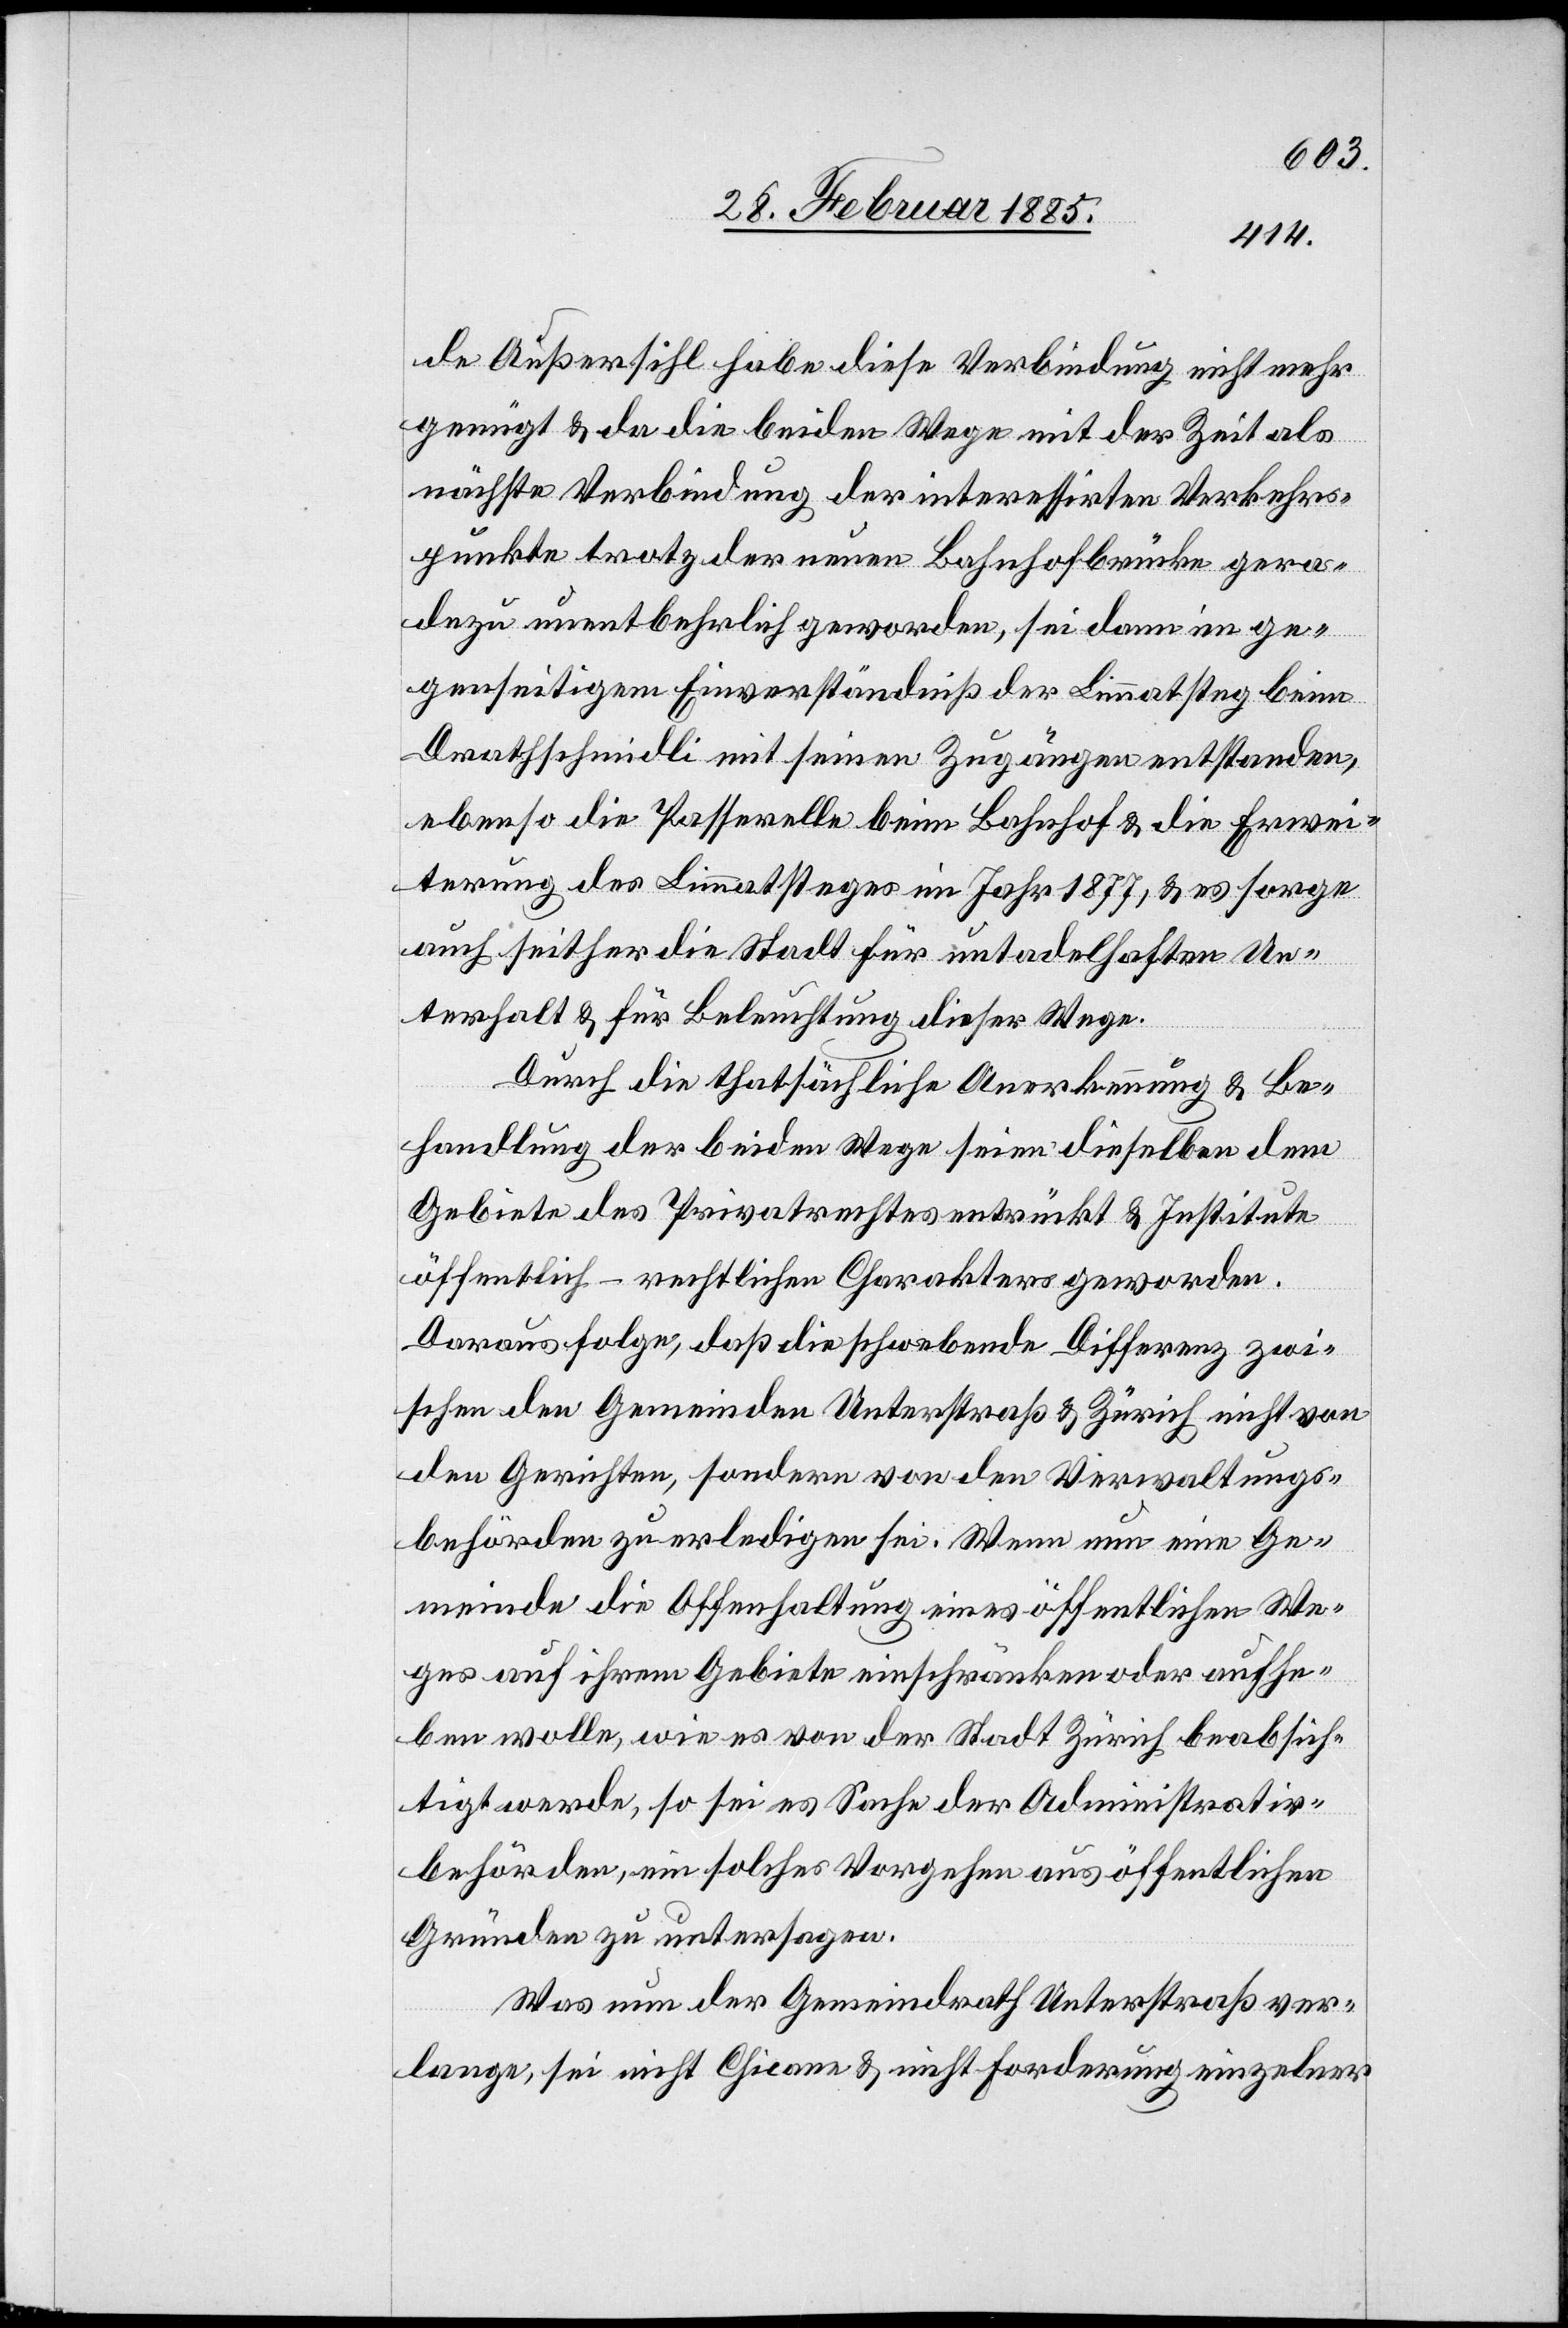
de Außersihl habe diese Verbindung nicht mehr
genügt & da die beiden Wege mit der Zeit als
nächste Verbindung der interessierten Verkehrs¬
punkte trotz der neuen Bahnhofsbrücke gera¬
dezu unentbehrlich geworden, sei dann im ge¬
genseitigen Einverständniß der Limmatsteg beim
Drathschmidli mit seinen Zugängen entstanden,
ebenso die Passerelle beim Bahnhof & die Erwei¬
terung des Limmatsteges im Jahr 1877, & es sorge
auch seither die Stadt für untadelhaften Un¬
terhalt & für Beleuchtung dieser Wege.
Durch die thatsächliche Anerkennung & Be¬
handlung der beiden Wege seien dieselben dem
Gebiete des Privatrechtes entrückt & Institute
öffentlich-rechtlichen Charakters geworden.
Daraus folge, daß die schwebende Differenz zwi¬
schen den Gemeinden Unterstraß & Zürich nicht von
den Gerichten, sondern von den Verwaltungs¬
behörden zu erledigen sei. Wenn nun eine Ge¬
meinde die Offenhaltung eines öffentlichen We¬
ges auf ihrem Gebiete einschränken oder aufhe¬
ben wolle, wie es von der Stadt Zürich beabsich¬
tigt werde, so sei es Sache der Administrativ¬
behörden, ein solches Vorgehen aus öffentlichen
Gründen zu untersagen.
Was nun der Gemeindrath Unterstraß ver¬
lange, sei nicht Chicane & nicht Forderung einzelner